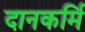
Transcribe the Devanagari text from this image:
दानकर्मि